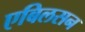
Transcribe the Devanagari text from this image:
एबिलसन